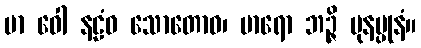
မာ ဝေါ နဠံဝ သောတောဝ၊ မာရော ဘဉ္ဇိ ပုနပ္ပုနံ။